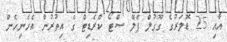
އާއި 25 ޑޮލަރުގެ ގޫގުލް ޕްލޭ ސްޓޯ ކްރެޑިޓް ގެ އިތުރުން އެހެނިހެން